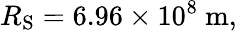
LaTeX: R_{\mathrm{{S}}}=6.96\times 10^{8}\ \mathrm{m},